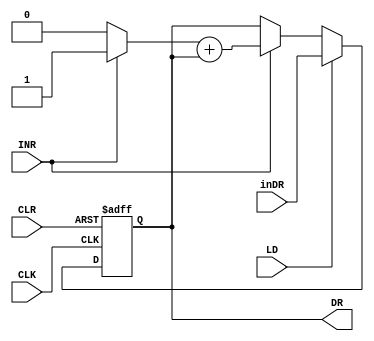
module DR_reg(LD,CLK,INR,CLR,inDR,DR );
    input LD,CLK,INR,CLR;
    input [15:0] inDR;
    output [15:0] DR;
    /*   "inDR" is the data entering DR , 
         "DR" is output of DR ,
         inr16 is 0000000000000001 that's used to be added to DR at enabling increment signalS   */
    wire[15:0]inr16,sum;
    wire cout;
    reg[15:0] out;
    
    assign inr16=INR?16'b0000000000000001:16'b0;
    assign {cout,sum}= inr16+out;
    
    
   always @(posedge CLK or posedge CLR)
		begin
			if(CLR)
				begin
					out<=16'b0;
				end
				
			else if(LD)
				begin
					out<=inDR;
				end	
					
			else if(INR)
				begin
					out<=sum;
				end										  
			end	
	assign DR =out ;
	
endmodule